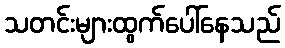
သတင်းများထွက်ပေါ်နေသည်